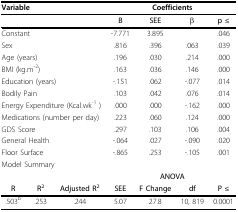
| <COLSPAN=3> Variable | <COLSPAN=4> Coefficients |
 |  |  |  | B | SEE | β | p ≤ |
 | --- | --- | --- | --- | --- | --- | --- |
 | <COLSPAN=3> Constant | -7.771 | 3.895 |  | .046 |
 | <COLSPAN=3> Sex | .816 | .396 | .063 | .039 |
 | <COLSPAN=3> Age (years) | .196 | .030 | .214 | .000 |
 | <COLSPAN=3> BMI (kg.m-2) | .163 | .036 | .146 | .000 |
 | <COLSPAN=3> Education (years) | -.151 | .062 | -.077 | .014 |
 | <COLSPAN=3> Bodily Pain | .103 | .042 | .076 | .014 |
 | <COLSPAN=3> Energy Expenditure (Kcal.wk-1 ) | .000 | .000 | -.162 | .000 |
 | <COLSPAN=3> Medications (number per day) | .223 | .060 | .124 | .000 |
 | <COLSPAN=3> GDS Score | .297 | .103 | .106 | .004 |
 | <COLSPAN=3> General Health | -.064 | .027 | -.090 | .020 |
 | <COLSPAN=3> Floor Surface | -.865 | .253 | -.105 | .001 |
 | <COLSPAN=3> Model Summary |  |  |  |  |
 |  |  |  | <COLSPAN=4> ANOVA |
 | R | R2 | Adjusted R2 | SEE | F Change | df | P ≤ |
 | .503b | .253 | .244 | 5.07 | 27.8 | 10, 819 | 0.0001 |